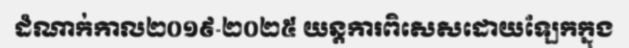
ដំណាក់កាល២០១៩-២០២៥ យន្តការពិសេសដោយឡែកក្នុង